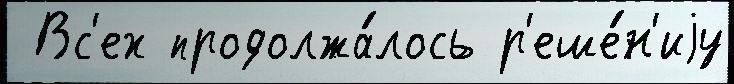
 Вс'ех продолжа́лось р'еше́н'иjу